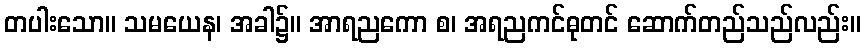
တပါးသော။ သမယေန၊ အခါ၌။ အာရညကော စ၊ အရညကင်ဓုတင် ဆောက်တည်သည်လည်း။